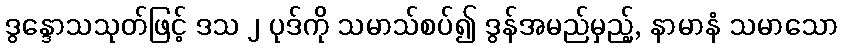
ဒွန္ဒောသသုတ်ဖြင့် ဒသ ၂ ပုဒ်ကို သမာသ်စပ်၍ ဒွန်အမည်မှည့်, နာမာနံ သမာသော